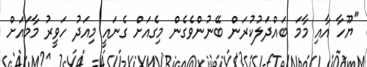
"ޔޫހާ އާއި މާމަ ބައްދަލުކުރަން ބޭނުންވެގެން މިގެއަށް ގެނައީ މިއަދު ހަވީރު މާމައަށް